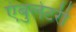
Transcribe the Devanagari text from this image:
एंबुलेटरी